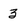
Character: 3